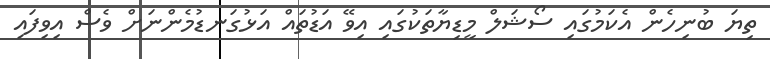
ތިޔަ ބުނިހެން އެކަމުގައި ސޯޝަލް މީޑިޔާތަކުގައި އިވޭ އަޑުތައް އަޅުގަނޑުމެންނަށް ވެސް އިވިފައި